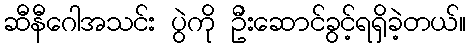
ဆီနီဂေါအသင်း ပွဲကို ဦးဆောင်ခွင့်ရရှိခဲ့တယ်။